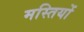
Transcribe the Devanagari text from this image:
मस्तियों